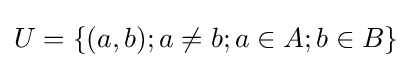
U=\{(a,b);a\neq b;a\in A;b\in B\}